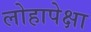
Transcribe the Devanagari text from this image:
लोहापेक्षा